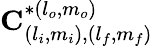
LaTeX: \mathbf{C}_{(l_{i},m_{i}),(l_{f},m_{f})}^{*(l_{o},m_{o})}